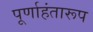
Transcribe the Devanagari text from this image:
पूर्णाहंतारूप